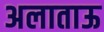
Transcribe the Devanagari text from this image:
अलाताऊ